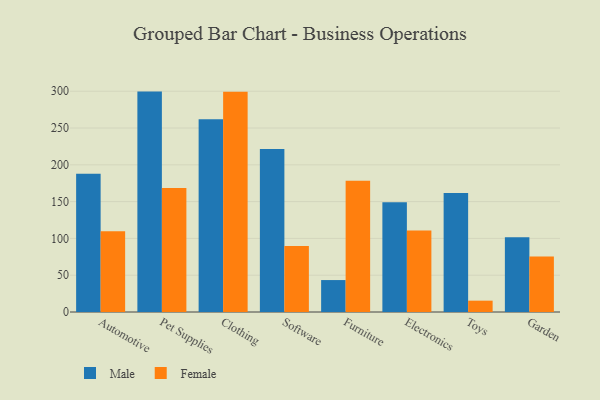
{"axis": {"x": "Category", "y": "Shipments"}, "legend": ["Female", "Male"], "data": [{"x": "Automotive", "y": 188.0, "type": "Male"}, {"x": "Automotive", "y": 109.8, "type": "Female"}, {"x": "Pet Supplies", "y": 299.5, "type": "Male"}, {"x": "Pet Supplies", "y": 168.5, "type": "Female"}, {"x": "Clothing", "y": 261.9, "type": "Male"}, {"x": "Clothing", "y": 299.2, "type": "Female"}, {"x": "Software", "y": 221.6, "type": "Male"}, {"x": "Software", "y": 89.6, "type": "Female"}, {"x": "Furniture", "y": 43.4, "type": "Male"}, {"x": "Furniture", "y": 178.4, "type": "Female"}, {"x": "Electronics", "y": 149.0, "type": "Male"}, {"x": "Electronics", "y": 110.8, "type": "Female"}, {"x": "Toys", "y": 161.8, "type": "Male"}, {"x": "Toys", "y": 15.4, "type": "Female"}, {"x": "Garden", "y": 101.6, "type": "Male"}, {"x": "Garden", "y": 75.5, "type": "Female"}]}